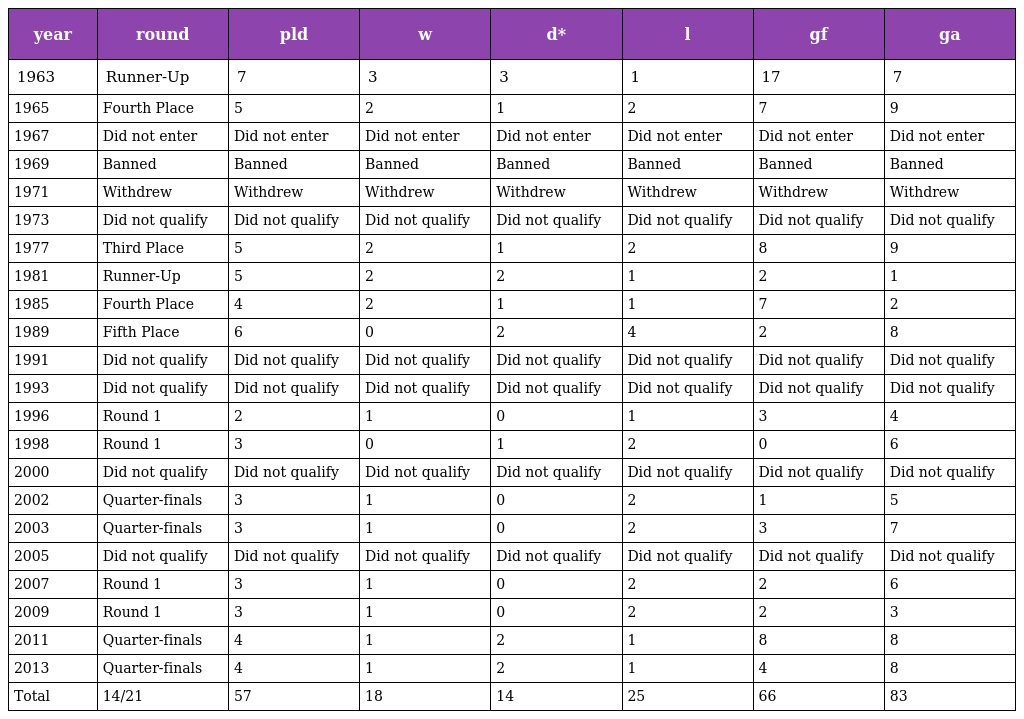
| year | round | pld | w | d* | l | gf | ga |
 | --- | --- | --- | --- | --- | --- | --- | --- |
 | 1963 | Runner-Up | 7 | 3 | 3 | 1 | 17 | 7 |
 | 1965 | Fourth Place | 5 | 2 | 1 | 2 | 7 | 9 |
 | 1967 | Did not enter | Did not enter | Did not enter | Did not enter | Did not enter | Did not enter | Did not enter |
 | 1969 | Banned | Banned | Banned | Banned | Banned | Banned | Banned |
 | 1971 | Withdrew | Withdrew | Withdrew | Withdrew | Withdrew | Withdrew | Withdrew |
 | 1973 | Did not qualify | Did not qualify | Did not qualify | Did not qualify | Did not qualify | Did not qualify | Did not qualify |
 | 1977 | Third Place | 5 | 2 | 1 | 2 | 8 | 9 |
 | 1981 | Runner-Up | 5 | 2 | 2 | 1 | 2 | 1 |
 | 1985 | Fourth Place | 4 | 2 | 1 | 1 | 7 | 2 |
 | 1989 | Fifth Place | 6 | 0 | 2 | 4 | 2 | 8 |
 | 1991 | Did not qualify | Did not qualify | Did not qualify | Did not qualify | Did not qualify | Did not qualify | Did not qualify |
 | 1993 | Did not qualify | Did not qualify | Did not qualify | Did not qualify | Did not qualify | Did not qualify | Did not qualify |
 | 1996 | Round 1 | 2 | 1 | 0 | 1 | 3 | 4 |
 | 1998 | Round 1 | 3 | 0 | 1 | 2 | 0 | 6 |
 | 2000 | Did not qualify | Did not qualify | Did not qualify | Did not qualify | Did not qualify | Did not qualify | Did not qualify |
 | 2002 | Quarter-finals | 3 | 1 | 0 | 2 | 1 | 5 |
 | 2003 | Quarter-finals | 3 | 1 | 0 | 2 | 3 | 7 |
 | 2005 | Did not qualify | Did not qualify | Did not qualify | Did not qualify | Did not qualify | Did not qualify | Did not qualify |
 | 2007 | Round 1 | 3 | 1 | 0 | 2 | 2 | 6 |
 | 2009 | Round 1 | 3 | 1 | 0 | 2 | 2 | 3 |
 | 2011 | Quarter-finals | 4 | 1 | 2 | 1 | 8 | 8 |
 | 2013 | Quarter-finals | 4 | 1 | 2 | 1 | 4 | 8 |
 | Total | 14/21 | 57 | 18 | 14 | 25 | 66 | 83 |